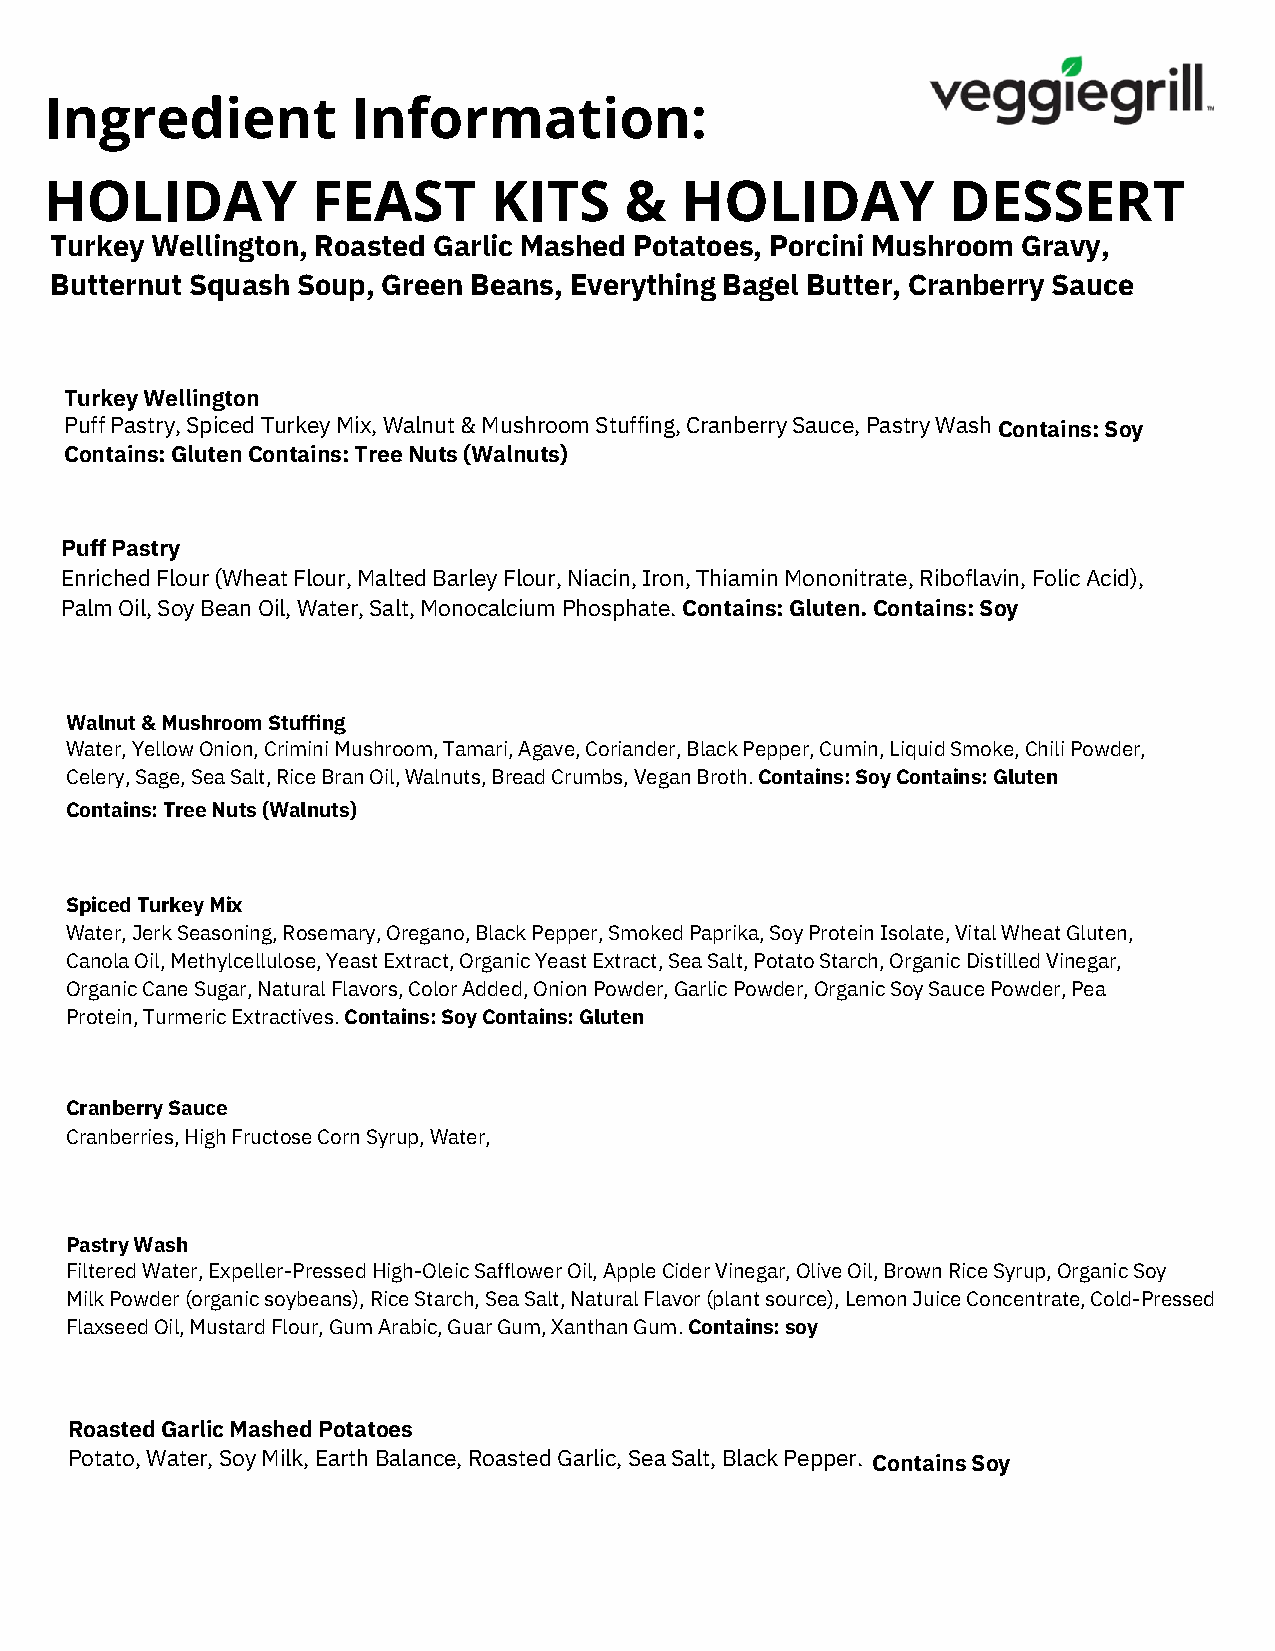
Ingredient          Information:
 HOLIDAY           FEAST      KITS     &   HOLIDAY           DESSERT
 Turkey Wellington, Roasted Garlic Mashed Potatoes, Porcini Mushroom Gravy,
 Butternut Squash Soup, Green Beans, Everything Bagel Butter, Cranberry Sauce
 T urkey Wellington
 Puff Pastry, Spiced Turkey Mix, Walnut & Mushroom Stuffing, Cranberry Sauce, Pastry Wash Contains: Soy
 Contains: Gluten Contains: Tree Nuts (Walnuts)
 Puff Pastry
 Enriched Flour (Wheat Flour, Malted Barley Flour, Niacin, Iron, Thiamin Mononitrate, Riboflavin, Folic Acid),
 Palm Oil, Soy Bean Oil, Water, Salt, Monocalcium Phosphate. Contains: Gluten. Contains: Soy
 Walnut & Mushroom Stuffing
 Water, Yellow Onion, Crimini Mushroom, Tamari, Agave, Coriander, Black Pepper, Cumin, Liquid Smoke, Chili Powder,
 Celery, Sage, Sea Salt, Rice Bran Oil, Walnuts, Bread Crumbs, Vegan Broth. Contains: Soy Contains: Gluten
 Contains: Tree Nuts (Walnuts)
 Spiced Turkey Mix
 Water, Jerk Seasoning, Rosemary, Oregano, Black Pepper, Smoked Paprika, Soy Protein Isolate, Vital Wheat Gluten,
 Canola Oil, Methylcellulose, Yeast Extract, Organic Yeast Extract, Sea Salt, Potato Starch, Organic Distilled Vinegar,
 Organic Cane Sugar, Natural Flavors, Color Added, Onion Powder, Garlic Powder, Organic Soy Sauce Powder, Pea
 Protein, Turmeric Extractives. Contains: Soy Contains: Gluten
 Cranberry Sauce
 Cranberries, High Fructose Corn Syrup, Water,
 Pastry Wash
 Filtered Water, Expeller-Pressed High-Oleic Safflower Oil, Apple Cider Vinegar, Olive Oil, Brown Rice Syrup, Organic Soy
 Milk Powder (organic soybeans), Rice Starch, Sea Salt, Natural Flavor (plant source), Lemon Juice Concentrate, Cold-Pressed
 Flaxseed Oil, Mustard Flour, Gum Arabic, Guar Gum, Xanthan Gum. Contains: soy
 Roasted Garlic Mashed Potatoes
 Potato, Water, Soy Milk, Earth Balance, Roasted Garlic, Sea Salt, Black Pepper. Contains Soy